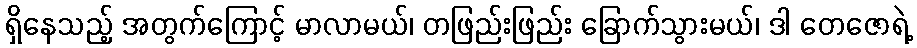
ရှိနေသည့် အတွက်ကြောင့် မာလာမယ်၊ တဖြည်းဖြည်း ခြောက်သွားမယ်၊ ဒါ တေဇောရဲ့